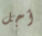
أجل